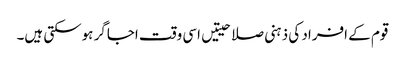
قوم کے افراد کی ذہنی صلاحیتیں اسی وقت اجاگر ہوسکتی ہیں۔